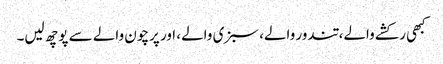
کبھی رکشے والے، تندور والے، سبزی والے، اور پرچون والے سے پوچھ لیں۔